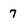
Character: 7